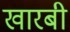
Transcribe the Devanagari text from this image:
खारबी